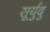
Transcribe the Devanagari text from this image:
सूर्युदु